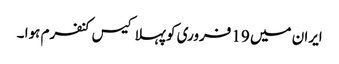
ایران میں 19 فروری کو پہلا کیس کنفرم ہوا ۔